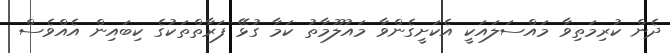
ދެން ކުރިމަތިވާ މައްސަލައަކީ އެކަށީގެންވާ މައުލޫމާތު ކަމާ ގުޅޭ ފަރާތްތަކުގެ ކިބައިން އެއްވެސް